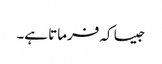
جیسا کہ فرماتا ہے۔